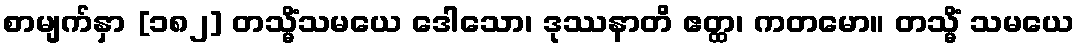
စာမျက်နှာ [၁၈၂] တသ္မိံသမယေ ဒေါသော၊ ဒုဿနာတိ ဧတ္ထ၊ ကတမော။ တသ္မိံ သမယေ